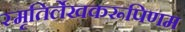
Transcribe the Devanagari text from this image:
स्मृतिर्लेखकरूपिणम